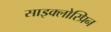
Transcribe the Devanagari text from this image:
साइक्लोस्प्रिन